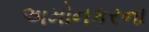
અમોનકરના